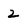
Character: 2